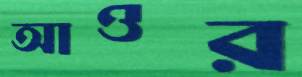
আওর